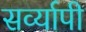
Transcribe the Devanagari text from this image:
सर्व्यापी